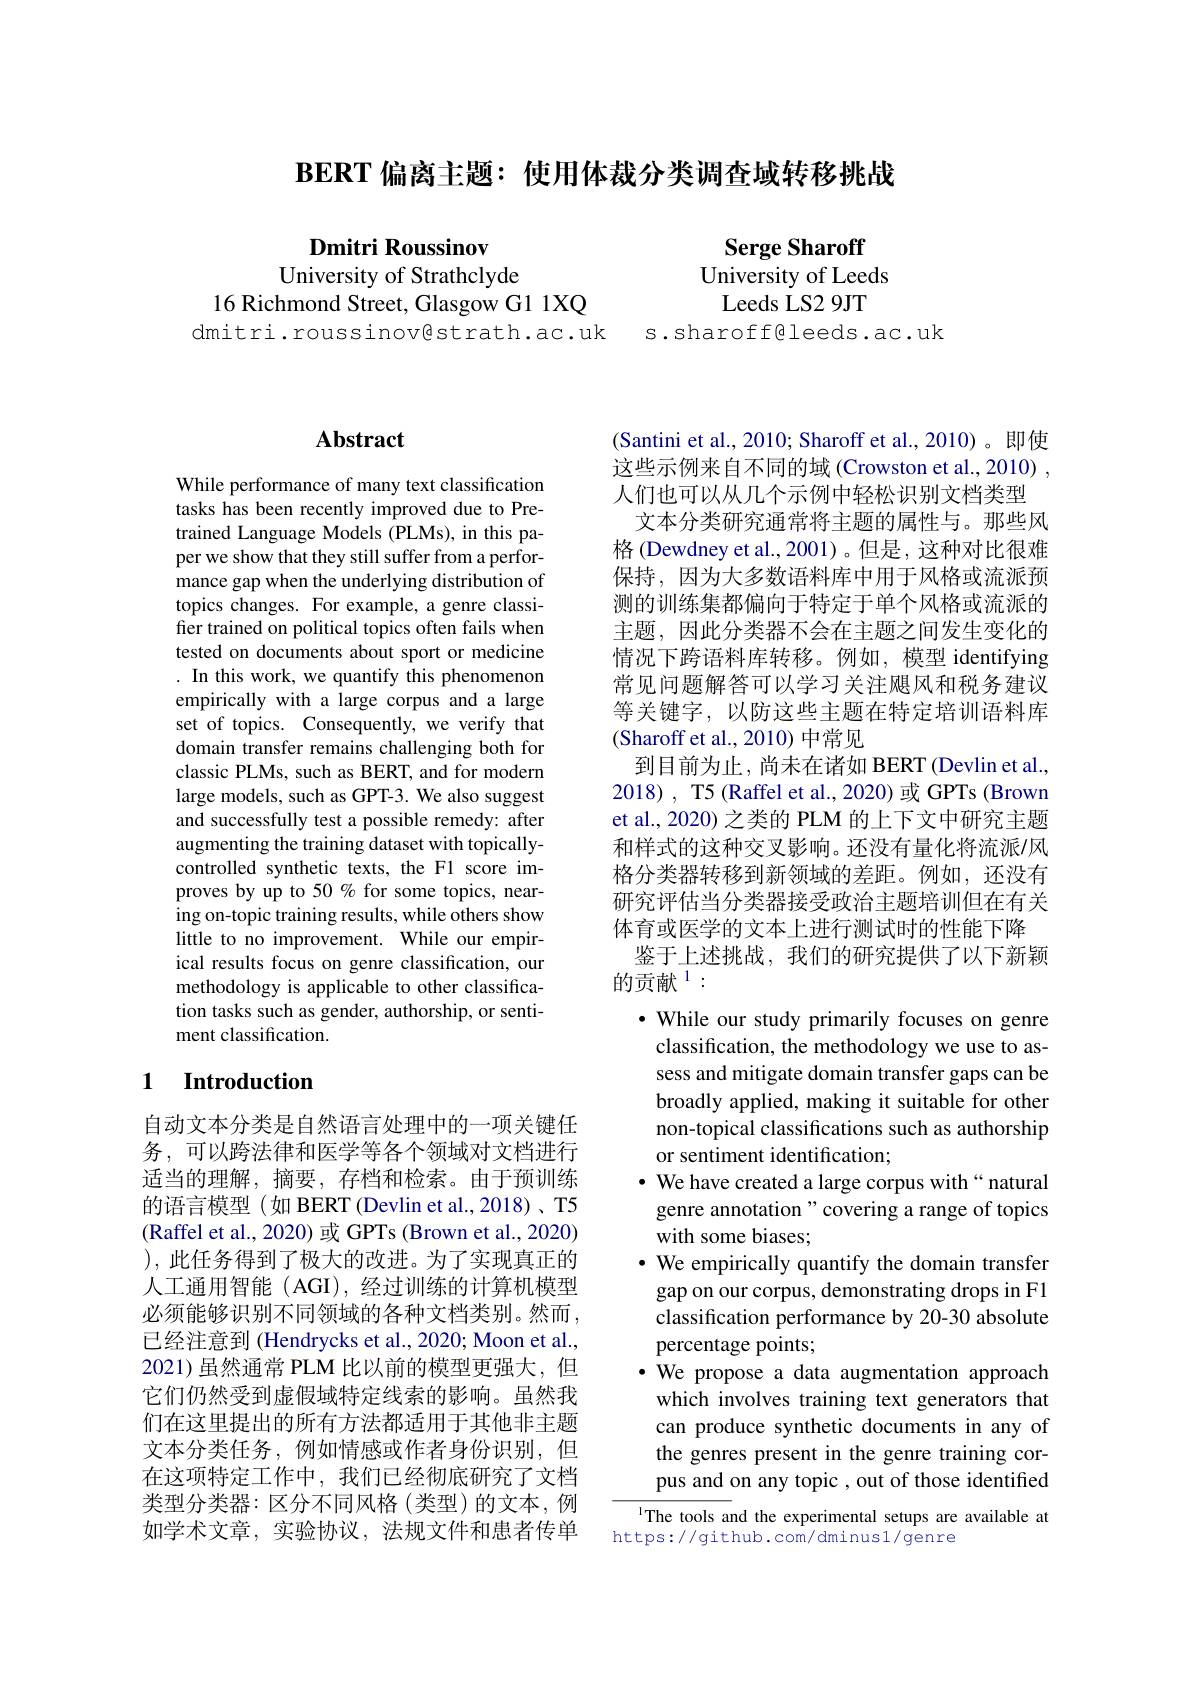
BERT 偏离主题：使用体裁分类调杳域转移挑战

Dmitri Roussinov

University of Strathclyde
16 Richmond Street, Glasgow G1 1XQ
dmitri.roussinovestrath.ac.uk

Serge Sharoff
University of Leeds
Leeds LS2 9JT
s.sharoffgleeds.ac.uk

## Abstract

While performance of many text classification tasks has been recently improved due to Pretrained Language Models (PLMs), in this paper we show that they still suffer from a performance gap when the underlying distribution of topics changes. For example, a genre classifier trained on political topics often fails when tested on documents about sport or medicine . In this work, we quantify this phenomenon empirically with a large corpus and a large set of topics. Consequently, we verify that domain transfer remains challenging both for classic PLMs, such as BERT, and for modern large models, such as GPT-3. We also suggest and successfully test a possible remedy: after augmenting the training dataset with topicallycontrolled synthetic texts, the F1 score improves by up to 50 % for some topics, nearing on-topic training results, while others show little to no improvement. While our empirical results focus on genre classification, our methodology is applicable to other classification tasks such as gender, authorship, or sentiment classification.

## 1 $\textbf{Introduction}$

自动文本分类是自然语言处理中的一项关键任务，可以跨法律和医学等各个领域对文档进行适当的理解，摘要，存档和检索。由于预训练的语言模型(如 BERT(Devlin et al., 2018) 、T5 (Raffel et al., 2020) 或 GPTs (Brown et al., 2020) ),此任务得到了极大的改进。为了实现真正的人工通用智能 (AGI), 经过训练的计算机模型必须能够识别不同领域的各种文档类别。然而， 已经注意到 (Hendrycks et al., 2020; Moon et al., 2021)虽然通常 PLM 比以前的模型更强大，但它们仍然受到虚假域特定线索的影响。虽然我们在这里提出的所有方法都适用于其他非主题文本分类任务，例如情感或作者身份识别，但在这项特定工作中，我们已经彻底研究了文档类型分类器：区分不同风格(类型)的文本，例如学术文章，实验协议，法规文件和患者传单

(Santini et al., 2010; Sharoff et al., 2010)。即使这些示例来自不同的域(Crowston et al.,2010) , 人们也可以从几个示例中轻松识别文档类型
文本分类研究通常将主题的属性与。那些风格 (Dewdney et al.,2001)。但是，这种对比很难保持，因为大多数语料库中用于风格或流派预测的训练集都偏向于特定于单个风格或流派的主题，因此分类器不会在主题之间发生变化的情况下跨语料库转移。例如，模型 identifying 常见问题解答可以学习关注飓风和税务建议等关键字，以防这些主题在特定培训语料库(Sharoff et al., 2010) 中常见
到目前为止，尚未在诸如 BERT (Devlin et al. 2018) , T5 (Raffel et al., 2020) 或 GPTs (Brown et al., 2020) 之类的 PLM 的上下文中研究主题和样式的这种交叉影响。还没有量化将流派/风格分类器转移到新领域的差距。例如，还没有研究评估当分类器接受政治主题培训但在有关体育或医学的文本上进行测试时的性能下降
鉴于上述挑战，我们的研究提供了以下新颖
的贡献$^{1}:$
· While our study primarily focuses on genre classification, the methodology we use to assess and mitigate domain transfer gaps can be broadly applied, making it suitable for other non-topical classifications such as authorship or sentiment identification;
· We have created a large corpus with“natural
genre annotation " covering a range of topics
with some biases;
$\bullet$ We empirically quantify the domain transfer gap on our corpus, demonstrating drops in F1 classification performance by 20-30 absolute percentage points;
·We propose a data augmentation approach
which involves training text generators that can produce synthetic documents in any of the genres present in the genre training corpus and on any topic , out of those identified lThe tools and the experimental setups are available at
https://github.com/dminus1/genre